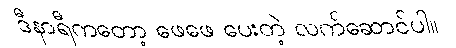
ဒီနာရီကတော့ ဖေဖေ ပေးတဲ့ လက်ဆောင်ပါ။